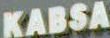
KABSA